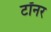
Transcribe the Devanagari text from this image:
टॉनर